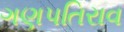
ગણપતિરાવ